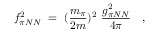
f _ { \pi N N } ^ { 2 } \ = \ ( \frac { m _ { \pi } } { 2 m } ) ^ { 2 } \ \frac { g _ { \pi N N } ^ { 2 } } { 4 \pi } \ \ \ ,